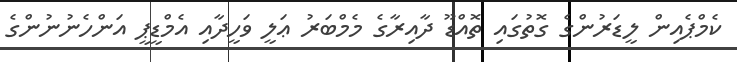
ކެމްޕެއިން ލީޑަރުންގެ ގޮތުގައި ތޮއްޑޫ ދާއިރާގެ މެމްބަރު ޢަލީ ވަހީދާއި އެމްޑީޕީ އަންހެނުނުންގެ